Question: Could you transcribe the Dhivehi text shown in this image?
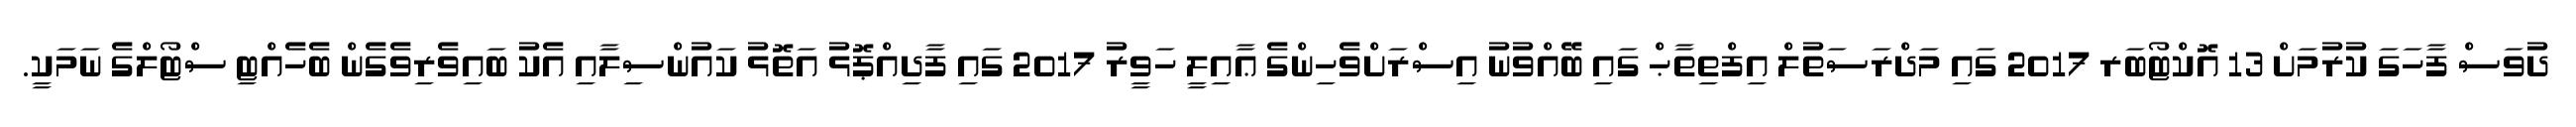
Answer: ދުވަސް ފާހަގަ ކުރުމަށް 13 އޮކްޓޯބަރ 2017 ގައި މަދްރަސަތުލް އިފްތިތާޙް ގައި ބޭއްވުނު އިސްރަށްވެހިންގެ ޢާއިލީ ހަވީރު 2017 ގައި ފާދިއްޕޮޅު އަތޮޅު ކައުންސިލާއި އެކު ބައިވެރިވެގެން ބެހެއްޓި ސްޓޯލްގެ ނަމަކީ.